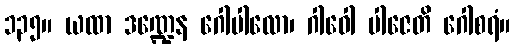
၁၃၅။ ယထာ ဒဏ္ဍေန ဂေါပါလော၊ ဂါဝေါ ပါဇေတိ ဂေါစရံ။